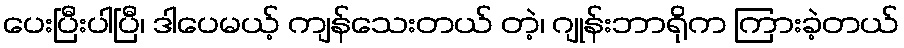
ပေးပြီးပါပြီ၊ ဒါပေမယ့် ကျန်သေးတယ် တဲ့၊ ဂျုန်းဘာရိုက ကြားခဲ့တယ်